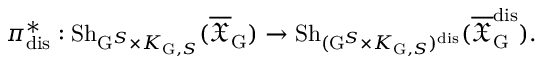
\pi _ { \mathrm { d i s } } ^ { * } : \mathrm { S h } _ { \mathrm { G } ^ { S } \times K _ { \mathrm { G } , S } } ( \overline { { \mathfrak { X } } } _ { \mathrm { G } } ) \to \mathrm { S h } _ { ( \mathrm { G } ^ { S } \times K _ { \mathrm { G } , S } ) ^ { \mathrm { d i s } } } ( \overline { { \mathfrak { X } } } _ { \mathrm { G } } ^ { \mathrm { d i s } } ) .